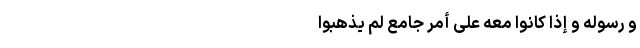
وَ رَسُولِهِ وَ إِذَا کَانُوا مَعَهُ عَلَى أَمرٍ جَامِعٍ لَم یَذهَبُوا